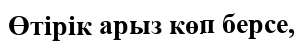
Өтірік арыз көп берсе,